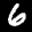
Label: 6